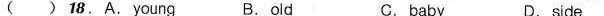
( ) 18.A.Young B. Old C.baby D.side